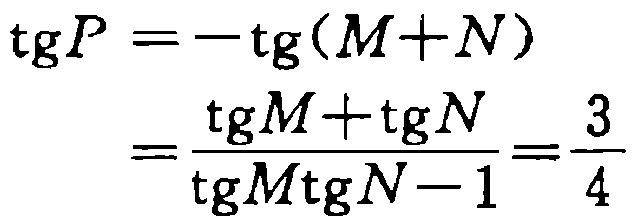
\[\begin{align*}
\operatorname{tg}P&=-\operatorname{tg}(M + N)\\
&=\frac{\operatorname{tg}M+\operatorname{tg}N}{\operatorname{tg}M\operatorname{tg}N - 1}=\frac{3}{4}
\end{align*}\]